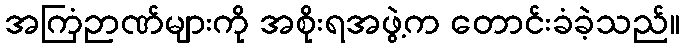
အကြံဉာဏ်များကို အစိုးရအဖွဲ့က တောင်းခံခဲ့သည်။